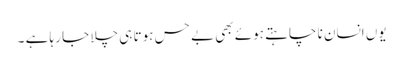
یوں انسان نا چاہتے ہوئے بھی بے حس ہوتا ہی چلا جا رہا ہے ۔